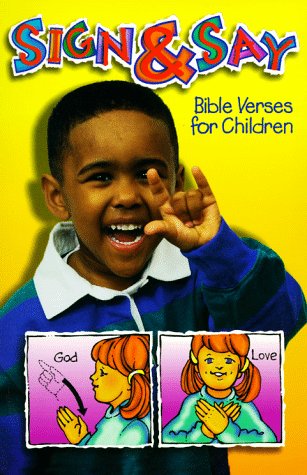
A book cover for Sign & Say; Daphna Flegal; Christian Books & Bibles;